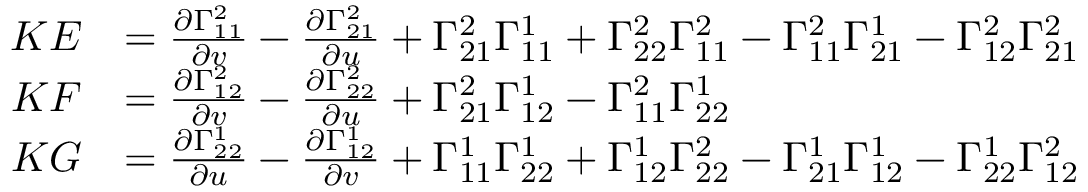
{ \begin{array} { r l } { K E } & { = { \frac { \partial \Gamma _ { 1 1 } ^ { 2 } } { \partial v } } - { \frac { \partial \Gamma _ { 2 1 } ^ { 2 } } { \partial u } } + \Gamma _ { 2 1 } ^ { 2 } \Gamma _ { 1 1 } ^ { 1 } + \Gamma _ { 2 2 } ^ { 2 } \Gamma _ { 1 1 } ^ { 2 } - \Gamma _ { 1 1 } ^ { 2 } \Gamma _ { 2 1 } ^ { 1 } - \Gamma _ { 1 2 } ^ { 2 } \Gamma _ { 2 1 } ^ { 2 } } \\ { K F } & { = { \frac { \partial \Gamma _ { 1 2 } ^ { 2 } } { \partial v } } - { \frac { \partial \Gamma _ { 2 2 } ^ { 2 } } { \partial u } } + \Gamma _ { 2 1 } ^ { 2 } \Gamma _ { 1 2 } ^ { 1 } - \Gamma _ { 1 1 } ^ { 2 } \Gamma _ { 2 2 } ^ { 1 } } \\ { K G } & { = { \frac { \partial \Gamma _ { 2 2 } ^ { 1 } } { \partial u } } - { \frac { \partial \Gamma _ { 1 2 } ^ { 1 } } { \partial v } } + \Gamma _ { 1 1 } ^ { 1 } \Gamma _ { 2 2 } ^ { 1 } + \Gamma _ { 1 2 } ^ { 1 } \Gamma _ { 2 2 } ^ { 2 } - \Gamma _ { 2 1 } ^ { 1 } \Gamma _ { 1 2 } ^ { 1 } - \Gamma _ { 2 2 } ^ { 1 } \Gamma _ { 1 2 } ^ { 2 } } \end{array} }